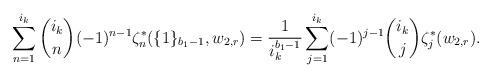
LaTeX: \begin{align*}&\sum_{n=1}^{i_{k}}\binom{i_{k}}{n}(-1)^{n-1}\zeta^{\ast}_{n}(\{1\}_{b_1-1},w_{2,r})=\frac{1}{i_k^{b_1-1}}\sum_{j=1}^{i_k}(-1)^{j-1}\binom{i_{k}}{j}\zeta^{\ast}_{j}(w_{2,r}).\end{align*}